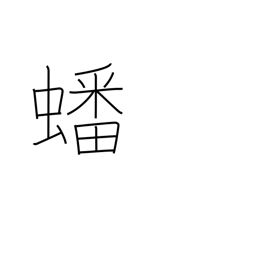
Meaning: coiled up